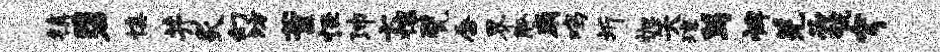
镇碧慎井炙幻坊董怪沛七攘甓唇界觚扇鸡圻抛失琼舄裨羌必虢穹